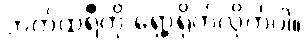
ဘက်ထရီကို ရှော့ရိုက်လိုက်ပါ။